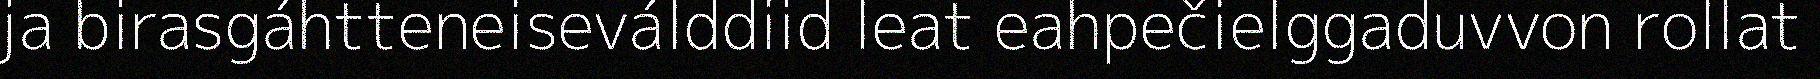
ja birasgáhtteneiseválddiid leat eahpečielggaduvvon rollat